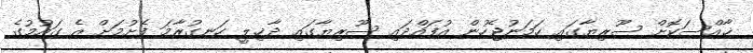
ޚާއްސަކޮށް ސޫރިޔާގައި ހަމަނުޖެހުން އުފައްދައި ސޫރިޔާގައި ދާޚިލީ ހަނގުރާމަ ފެށުމަށް އެ ގައުމުގެ